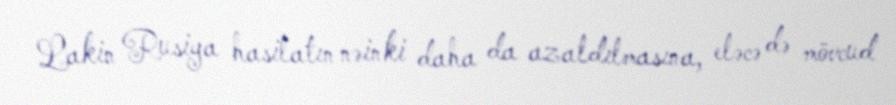
Lakin Rusiya hasilatın nəinki daha da azaldılmasına, eləcə də mövcud